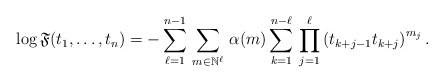
\begin{align*}\log\mathfrak{F}(t_{1},\ldots,t_{n})=-\sum_{\ell=1}^{n-1}\,\sum_{m\in\mathbb{N}^{\ell}}\,\alpha(m)\sum_{k=1}^{n-\ell}\,\prod_{j=1}^{\ell}\left(t_{k+j-1}t_{k+j}\right)^{m_{j}}.\end{align*}